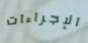
الإجراءات